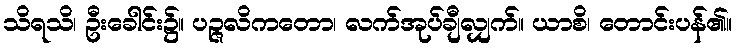
သိရသိ၊ ဦးခေါင်း၌။ ပဉ္ဇလိကတော၊ လက်အုပ်ချီလျှက်။ ယာစိ၊ တောင်းပန်၏။